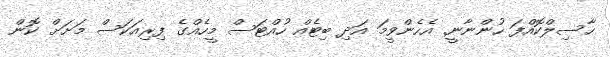
ހާސިލްކޮއްފަ ހުންނާނީ